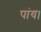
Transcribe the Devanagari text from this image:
पांय।